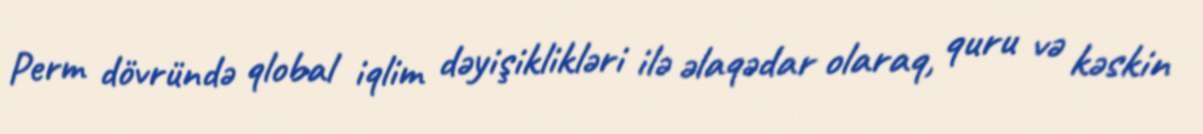
Perm dövründə qlobal iqlim dəyişiklikləri ilə əlaqədar olaraq, quru və kəskin